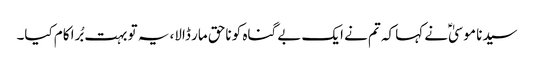
سیدنا موسیٰؑ نے کہا کہ تم نے ایک بے گناہ کو ناحق مار ڈالا، یہ تو بہت بُرا کام کیا۔